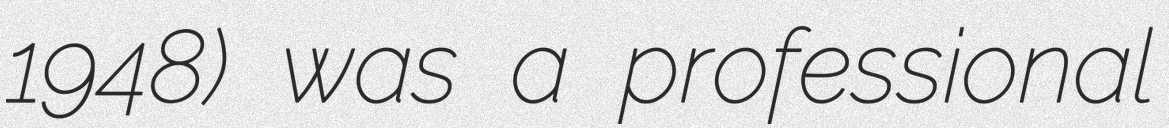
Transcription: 1948) was a professional